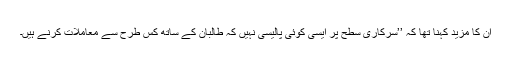
ان کا مزید کہنا تھا کہ ’’سرکاری سطح پر ایسی کوئی پالیسی نہیں کہ طالبان کے ساتھ کس طرح سے معاملات کرنے ہیں۔